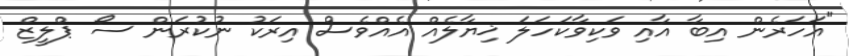
"އަހަރެން އިބާ އާއި ވަކިވާކަހަލަ ޚިޔާލެއް އެއްވެސް އިރަކު ނުކުރަން ސޯ ޕްލީޒް